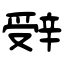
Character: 辤